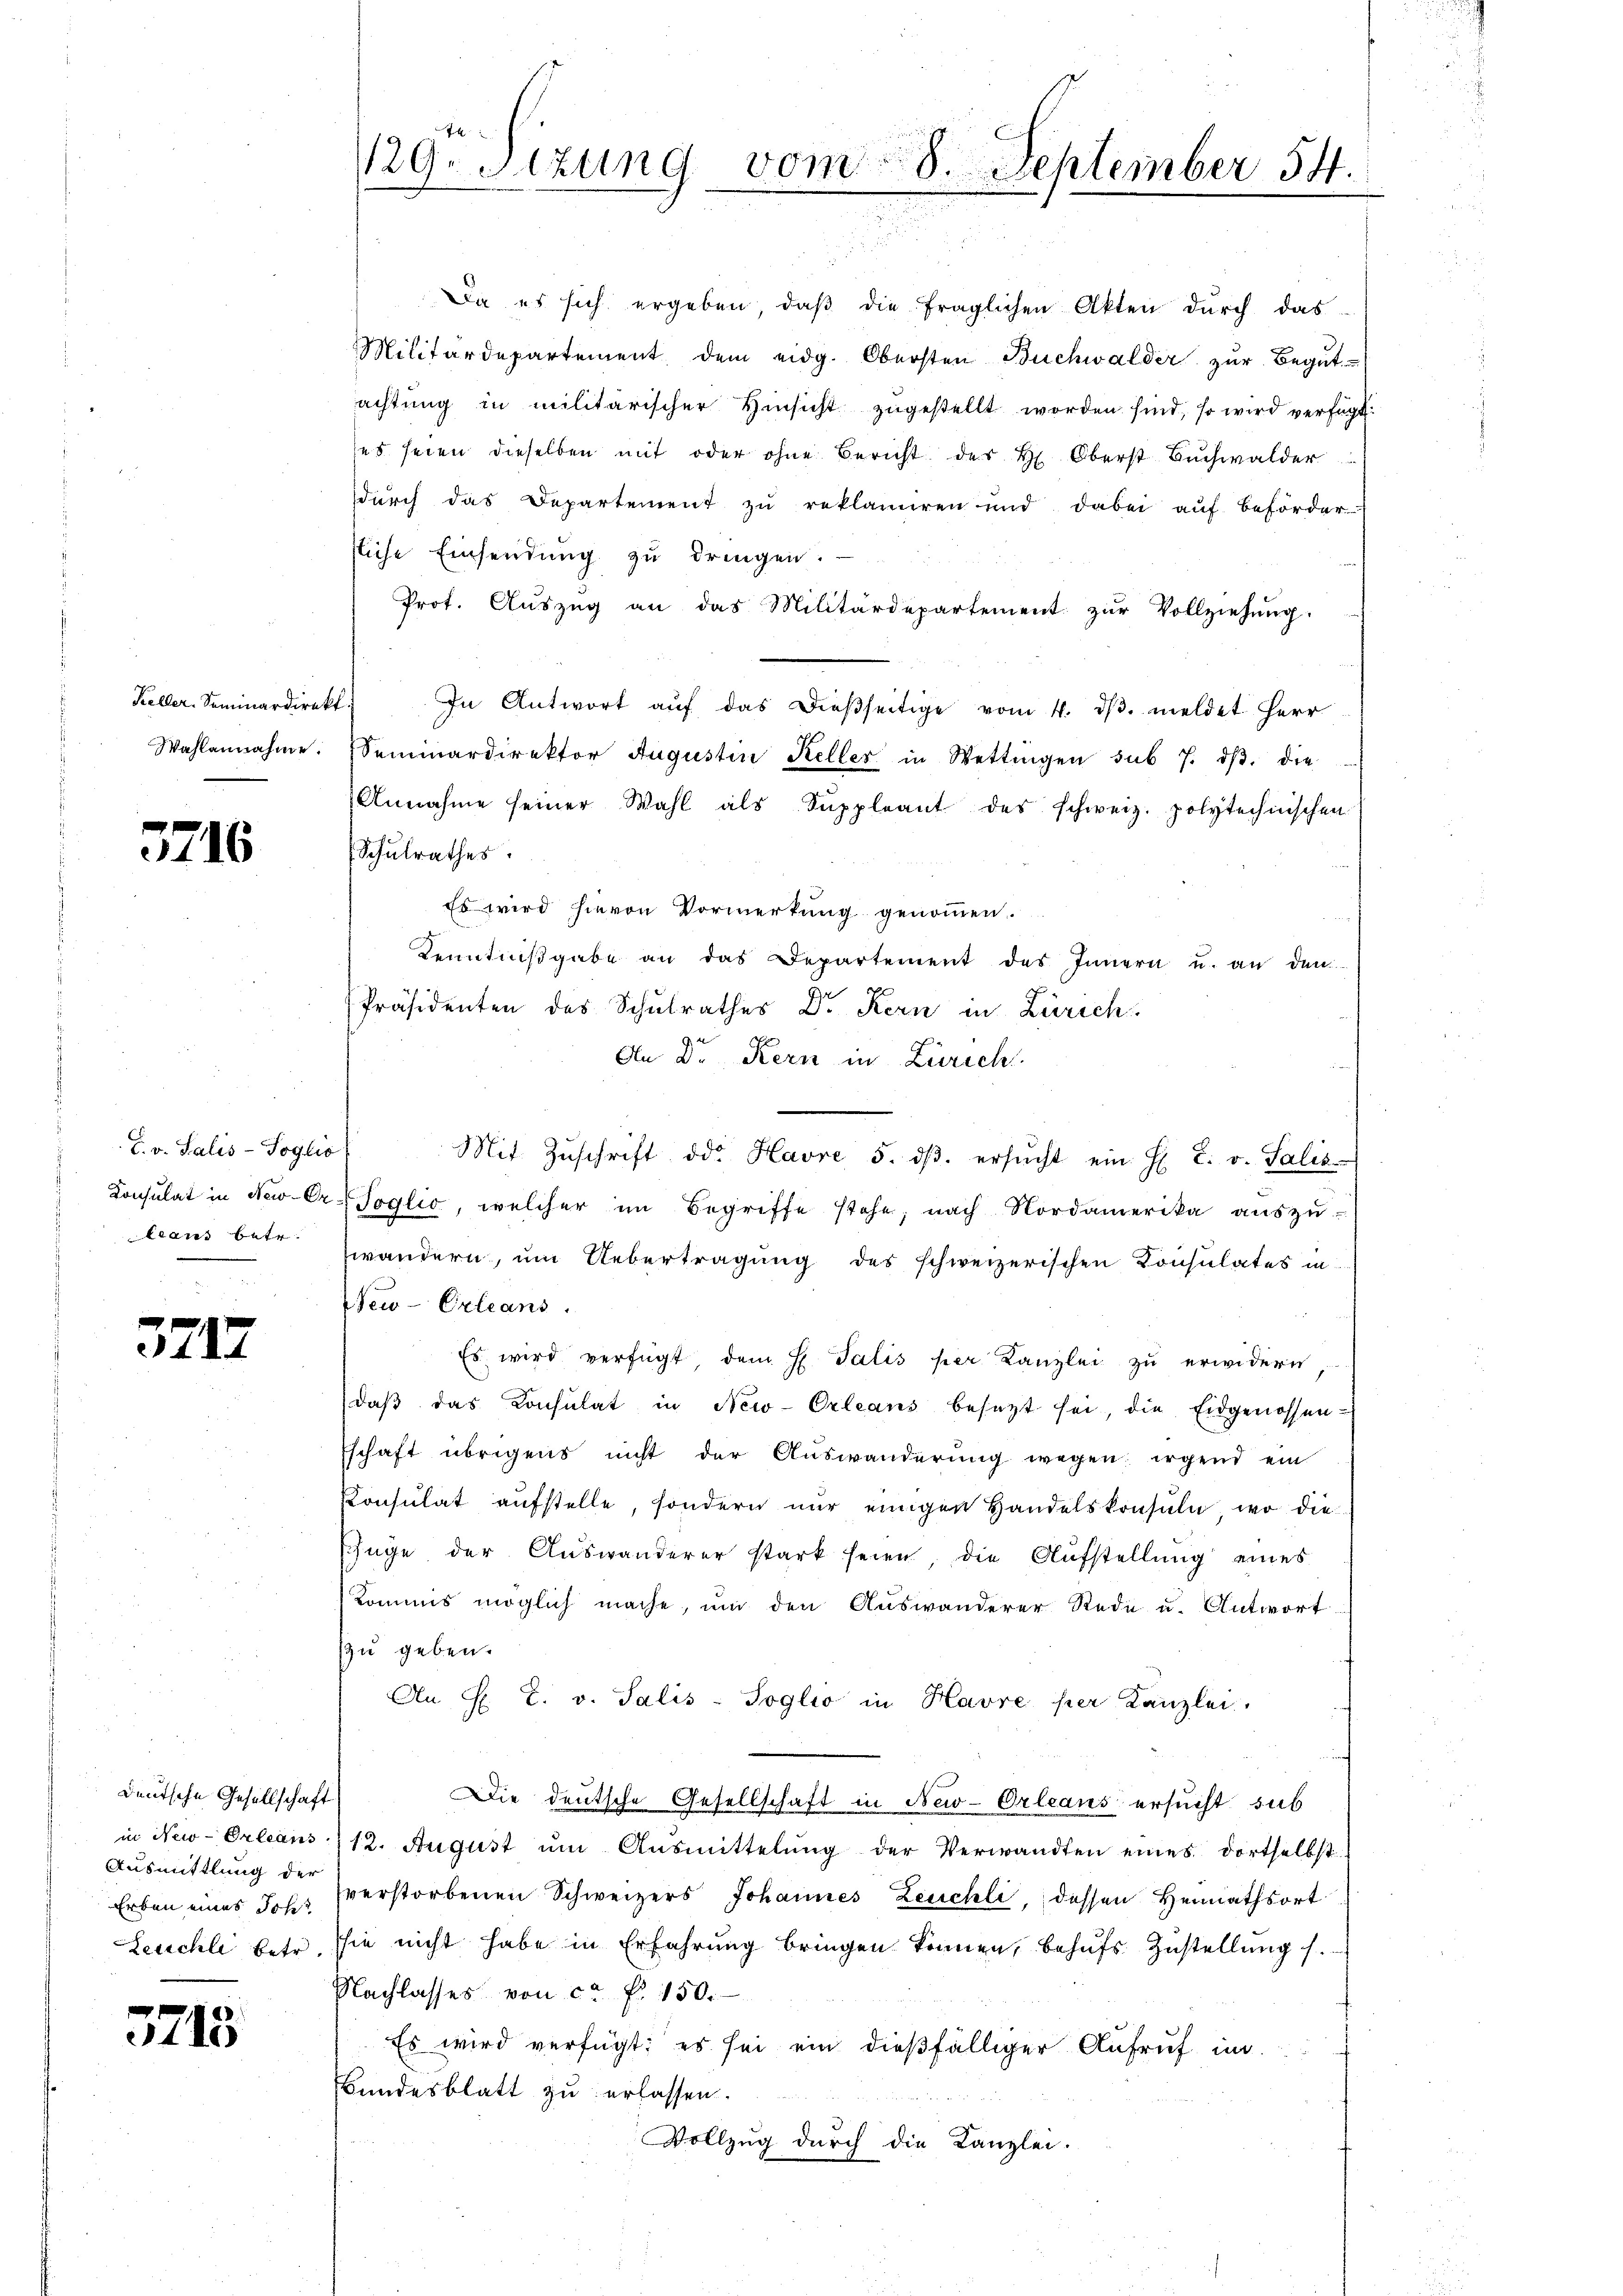
Keller-Seminardirekt
Wahlannahme.

3716

L. v. Salis-Soglio
leans betr.

3717.

Deutsche Gesellschaft
Ausmittlung der
Erben eines Sch
Zeuchli betr.

5715

129. Sitzung vom 28. September 54.

Da es sich ergeben, daß die fraglichen Akten durch das
Militärdepartement dem eidg. Obersten Buchwalder zŭr Begŭt-
achtung in militärischer Hinsicht zugestellt worden sind, so wird verfügt:
ses seien dieselben mit oder ohne Bericht der H. Oberst Buchwalder
durch das Departement zu reklamiren und dabei aŭf beförder
tliche Einsendung zu dringen.
Prot. Aŭszŭg an das Militärdepartement zŭr Vollziehŭng.
In Antwort aŭf das dieβseitige vom 4. dβ. meldet Herr
Seminardirektor Augustin Keller in Wettingen sub 7. dβ. die
Annahme seiner Wahl als Suppleant des schweiz. polytechnischen
Schulrathes.
Es wird hievon Vormerkung genommen.
Kenntniβgabe an das Departement des Innern u. an den
Präsidenten des Schulrathes Dr Kern in Zürich.
An Dr Kern in Zürich
Mit Zŭschrift od. Havre 5. dβ. ersŭcht ein H. L. v. Salis
Consulat in New-Or. Soglio, welcher im Begriffe stehe, nach Nordamerika aŭszŭ-
wändern, um Uebertragung des schweizerischen Consulates in
New-Orleans
Es wird verfügt dem H. Talis per Kanzlei zŭ erwidern,
daβ das Consulat in New-Orleans besezt sei, die Eidgenossen-
Eschaft übrigens nicht der Auswanderung wegen irgend ein
Konsulat aufstelle, sondern nur einigen Handelskonsuln, wo die
Enge der Auswanderer stark seien, die Aŭfstellŭng eines
Kommis möglich mache, um den Auswanderer Rede u. Antwort
zu geben.
An H. T. v. Salis-Soglio in Havre per Kanzlei.
Die deutsche Gesellschaft in New-Orleans ersucht sub
in New-Orleans 12. August um Ausmittelung der Verwandten eines dortselbst
verstorbenen Schweizers Johannes Zeuchli, dessen Heimathsort
sie nicht habe in Erfahrung bringen können, behufs Zustellung s.
Nachlasses von ca Fr. 150.
Es wird verfügt: es sei ein dießfälliger Aufruf im
Bundesblatt zu erlassen.
Vollzug durch die Kanzlei.